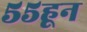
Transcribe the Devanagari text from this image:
५५हून